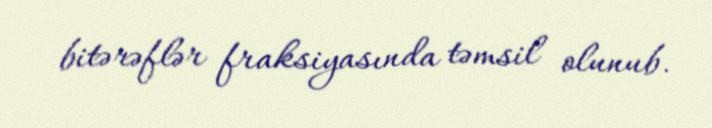
bitərəflər fraksiyasında təmsil olunub.